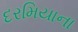
દરમિયાના